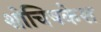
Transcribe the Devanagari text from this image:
शोचिषकेश